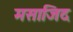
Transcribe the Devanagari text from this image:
मसाजिद